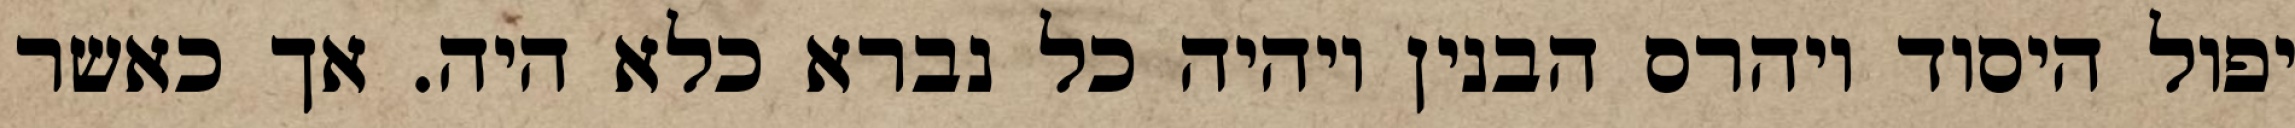
יפול היסוד ויהרס הבנין ויהיה כל נברא כלא היה. אך כאשר